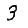
Digit: 3